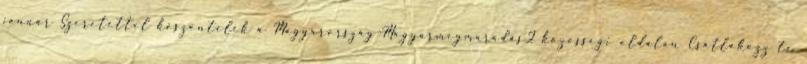
január Szeretettel köszöntelek a Magyarország-Magyarmegmaradás2 közösségi oldalán Csatlakozz te